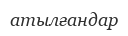
атылғандар